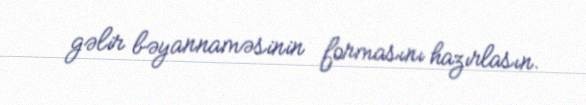
gəlir bəyannaməsinin formasını hazırlasın.